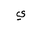
Letter: _ya